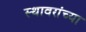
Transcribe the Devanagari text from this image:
स्थावरांच्या